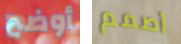
أوضح أصمم